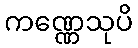
ကဏ္ဏေသုပိ